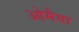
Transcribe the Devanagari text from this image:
ओमैया